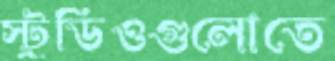
স্টুডিওগুলোতে